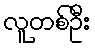
လူတစ်ဦး